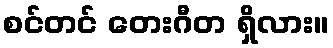
စင်တင် တေးဂီတ ရှိလား။